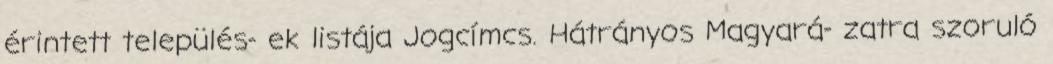
érintett település- ek listája Jogcímcs. Hátrányos Magyará- zatra szoruló